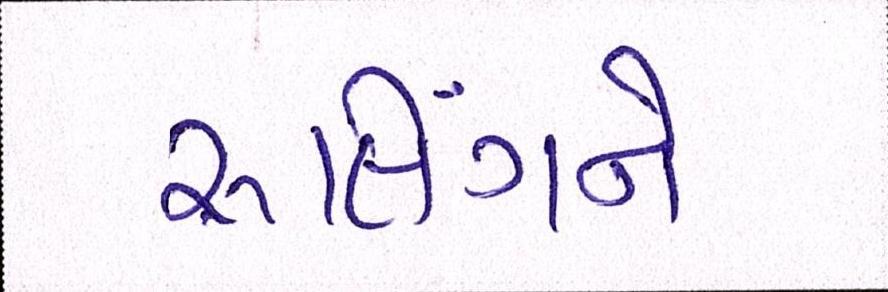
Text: રૃલિંગને